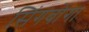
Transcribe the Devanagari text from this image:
सिंगबोंगा